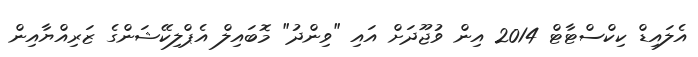
އެލައިޑް ކިކްސްޓާޓް 2014 އިން ވުޖޫދަށް އައި "ވިންދު" މޮބައިލް އެޕްލިކޭޝަންގެ ޒަރިއްޔާއިން